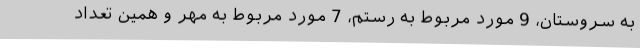
به سروستان، 9 مورد مربوط به رستم، 7 مورد مربوط به مهر و همین تعداد